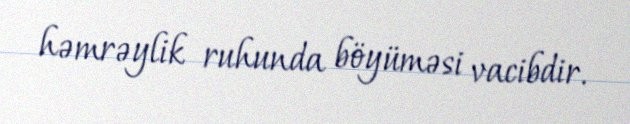
həmrəylik ruhunda böyüməsi vacibdir.